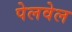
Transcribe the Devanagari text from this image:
पेलवेल